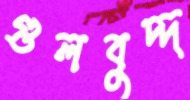
গুলবুদ্দ